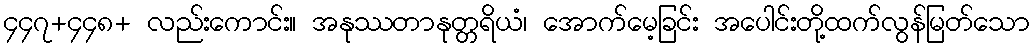
၄၄၇+၄၄၈+ လည်းကောင်း။ အနုဿတာနုတ္တရိယံ၊ အောက်မေ့ခြင်း အပေါင်းတို့ထက်လွန်မြတ်သော